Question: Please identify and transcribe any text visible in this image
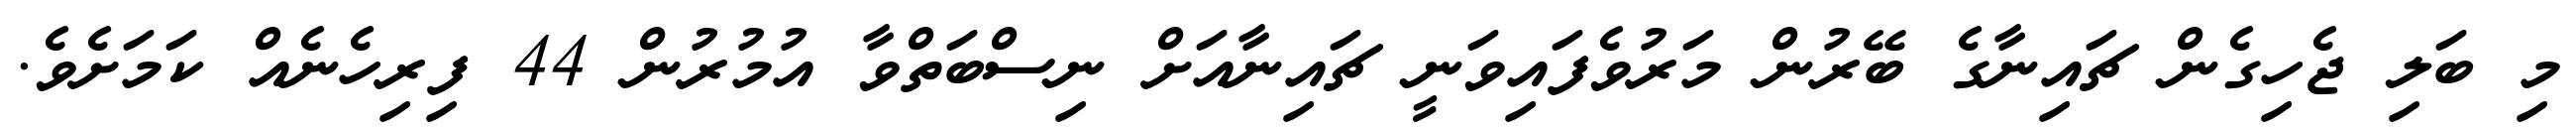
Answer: މި ބަލި ޖެހިގެން ޗައިނާގެ ބޭރުން މަރުވެފައިވަނީ ޗައިނާއަށް ނިސްބަތްވާ އުމުރުން 44 ފިރިހެނެއް ކަމަށެވެ.